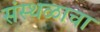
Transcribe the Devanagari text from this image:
संस्थळाचा